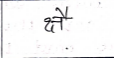
मजकूर: क्षै